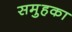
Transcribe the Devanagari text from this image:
समुहका